Scientific memoirs by medical officers of the Army of India - Part VIII,
Year: 1894
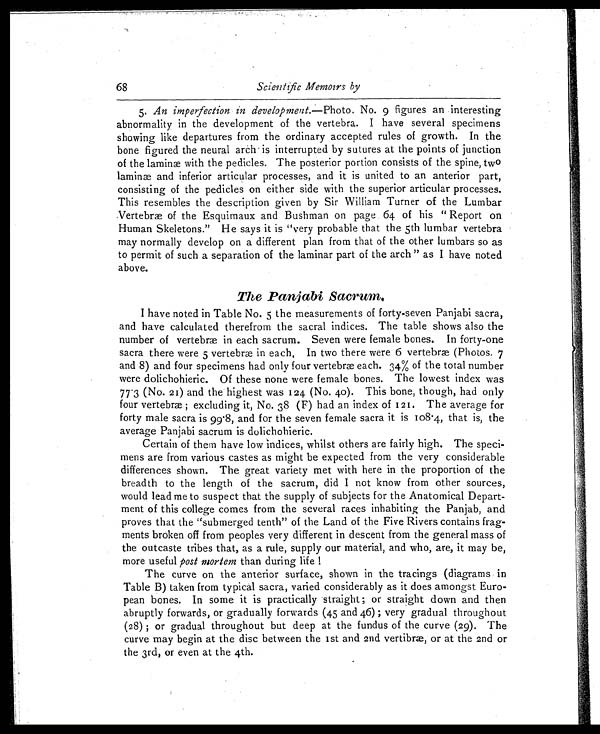
68
Scientific Memoirs by
5. An imperfection in development. —Photo. No. 9 figures an interesting
abnormality in the development of the vertebra. I have several specimens
showing like departures from the ordinary accepted rules of growth. In the
bone figured the neural arch is interrupted by sutures at the points of junction
of the laminæ with the pedicles. The posterior portion consists of the spine, two
laminæ and inferior articular processes, and it is united to an anterior part,
consisting of the pedicles on either side with the superior articular processes.
This resembles the description given by Sir William Turner of the Lumbar
Vertebræ of the Esquimaux and Bushman on page 64 of his " Report on
Human Skeletons." He says it is "very probable that the 5th lumbar vertebra
may normally develop on a different plan from that of the other lumbars so as
to permit of such a separation of the laminar part of the arch " as I have noted
above.
The Panjabi Sacrum.
I have noted in Table No. 5 the measurements of forty-seven Panjabi sacra,
and have calculated therefrom the sacral indices. The table shows also the
number of vertebræ in each sacrum. Seven were female bones. In forty-one
sacra there were 5 vertebræ in each, In two there were 6 vertebræ (Photos. 7
and 8) and four specimens had only four vertebræ each. 34% of the total number
were dolichohieric. Of these none were female bones. The lowest index was
77.3 (No. 21) and the highest was 124 (No. 40). This bone, though, had only
four vertebræ ; excluding it, No. 38 (F) had an index of 121. The average for
forty male sacra is 99.8, and for the seven female sacra it is 108.4, that is, the
average Panjabi sacrum is dolichohieric.
Certain of them have low indices, whilst others are fairly high. The speci-
mens are from various castes as might be expected from the very considerable
differences shown. The great variety met with here in the proportion of the
breadth to the length of the sacrum, did I not know from other sources,
would lead me to suspect that the supply of subjects for the Anatomical Depart-
ment of this college comes from the several races inhabiting the Panjab, and
proves that the "submerged tenth" of the Land of the Five Rivers contains frag-
ments broken off from peoples very different in descent from the general mass of
the outcaste tribes that, as a rule, supply our material, and who, are, it may be,
more useful post mortem than during life !
The curve on the anterior surface, shown in the tracings (diagrams in
Table B) taken from typical sacra, varied considerably as it does amongst Euro-
pean bones. In some it is practically straight ; or straight down and then
abruptly forwards, or gradually forwards (45 and 46) ; very gradual throughout
(28) ; or gradual throughout but deep at the fundus of the curve (29). The
curve may begin at the disc between the 1st and 2nd vertibræ, or at the 2nd or
the 3rd, or even at the 4th.